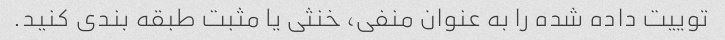
توییت داده شده را به عنوان منفی، خنثی یا مثبت طبقه بندی کنید.